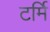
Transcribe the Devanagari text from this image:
टर्मि